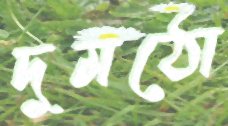
দুমঠো